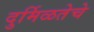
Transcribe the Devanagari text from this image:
दुर्मिळतेचे